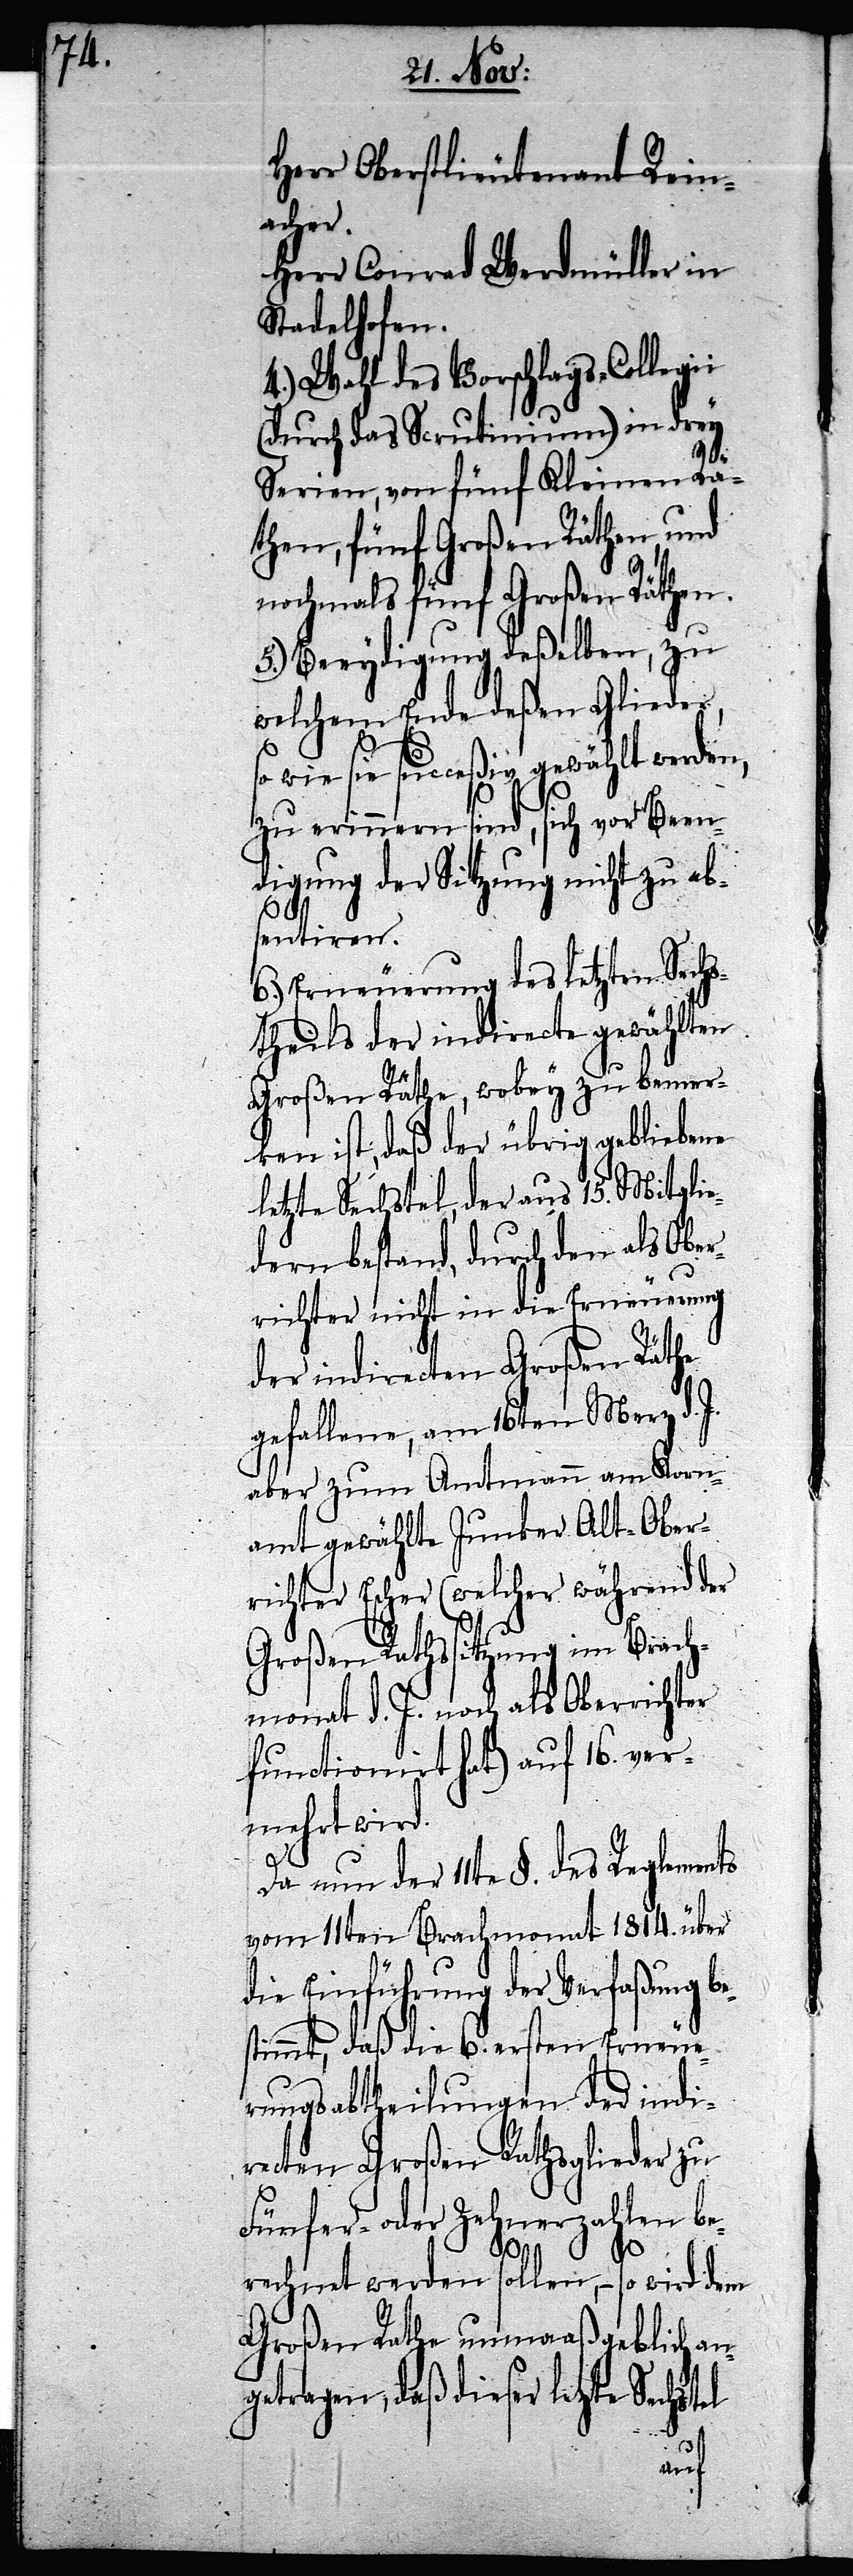
Herr Oberstlieutenant Rein¬
acher.
Herr Conrad Werdmüller in
Stadelhofen.
4.) Wahl des Vorschlags-Collegii
(durch das Scrutinium) in drey
Serien, von fünf Kleinen Rä¬
then, fünf Großen Räthen, und
nochmals fünf Großen Räthen.
5.) Beeydigung deßelben, zu
welchem Ende deßen Glieder,
wie sie succeßiv gewählt werden,
zu erinnern sind, sich vor Been¬
digung der Sitzung nicht zu ab¬
sentiren.
6.) Erneuerung des letzten Sechs¬
theils der indirecte gewählten
Großen Räthe, wobey zu bemer¬
ken ist, daß der übrig gebliebene
letzte Sechstel, der aus 15. Mitglie¬
dern bestand, durch den als Ober¬
richter nicht in die Erneuerung
der indirecten Großen Räthe
gefallene, am 16ten Merz d. J.
aber zum Amtmann am Korn¬
amt gewählte Junker Alt-Ober¬
richter Escher (welcher während der
Großen Rathssitzung im Brach¬
monat d. J. noch als Oberrichter
functionirt hat) auf 16. ver¬
mehrt wird.
Da nun der 11te §. des Reglements
vom 11ten Brachmonat 1814. über
die Einführung der Verfaßung be¬
timmt, daß die 6. ersten Erneue¬
rungsabtheilungen der indi¬
recten Großen Rathsglieder zu
Fünfer- oder Zehnerzahlen be¬
rechnet werden sollen, – so wird dem
Großen Rathe unmaaßgeblich an¬
getragen, daß dieser letzte
s¬